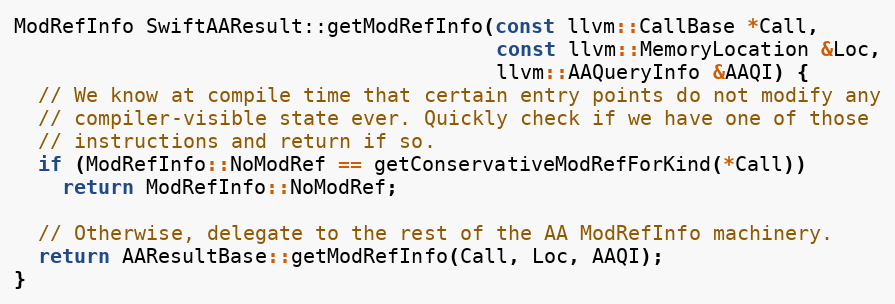
Language: C++
ModRefInfo SwiftAAResult::getModRefInfo(const llvm::CallBase *Call,
                                        const llvm::MemoryLocation &Loc,
                                        llvm::AAQueryInfo &AAQI) {
  // We know at compile time that certain entry points do not modify any
  // compiler-visible state ever. Quickly check if we have one of those
  // instructions and return if so.
  if (ModRefInfo::NoModRef == getConservativeModRefForKind(*Call))
    return ModRefInfo::NoModRef;

  // Otherwise, delegate to the rest of the AA ModRefInfo machinery.
  return AAResultBase::getModRefInfo(Call, Loc, AAQI);
}